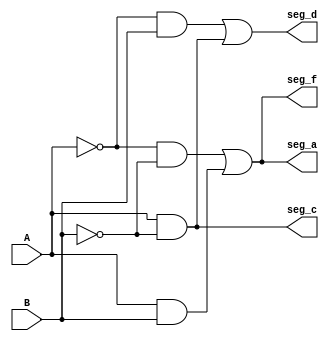

module decod_modo_de_jogo(A, B, seg_a, seg_c, seg_d, seg_f);
	input A, B;
	output seg_a, seg_c, seg_d, seg_f;
	
	wire A_not, B_not,
	T0, T1, T2, T3, T4;
	
	not (A_not, A);
	not (B_not, B);
	
	//saida S0 e S3 do decodificador
	and And0(T0, A_not, B_not);
	and And1(T1, A, B);
	or Or0 (T2, T0, T1);
	
	wire seg_a = T2;
	wire seg_f = T2;
	
	// saida s1 do decodificador
	and And2(seg_c, A, B_not);
	
	
	// saida s2 do decodificador
	and And3(T3, A_not, B);
	and And4(T4, A, B_not);
	or Or1 (seg_d, T3, T4);
	


endmodule